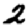
Digit: 2